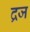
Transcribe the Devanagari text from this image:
द्रज